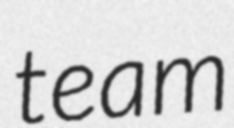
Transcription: team